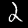
Label: 2